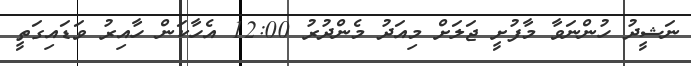
ނަޝީދު ހުންނަވާ މާފުށީ ޖަލަށް މިއަދު މެންދުރު 12:00 އެހާކަން ހާއިރު ވަޑައިގަތީ